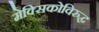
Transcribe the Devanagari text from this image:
मेक्सिकोविरुद्ध